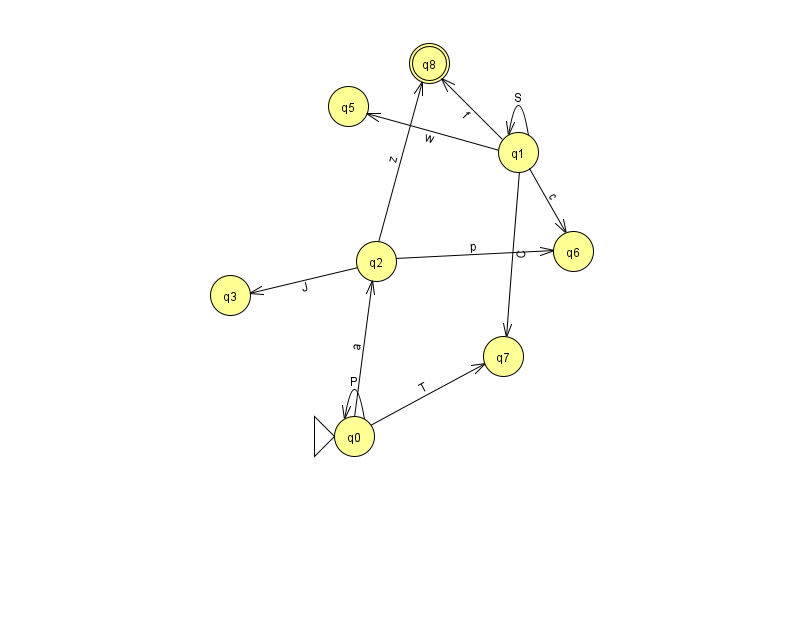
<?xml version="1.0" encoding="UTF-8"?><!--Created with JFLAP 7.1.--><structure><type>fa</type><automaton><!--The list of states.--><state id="0" name="q0"><x>354.0</x><y>423.0</y><initial/></state><state id="1" name="q1"><x>518.0</x><y>139.0</y></state><state id="2" name="q2"><x>376.0</x><y>248.0</y></state><state id="3" name="q3"><x>230.0</x><y>282.0</y></state><state id="5" name="q5"><x>348.0</x><y>93.0</y></state><state id="6" name="q6"><x>573.0</x><y>238.0</y></state><state id="7" name="q7"><x>503.0</x><y>343.0</y></state><state id="8" name="q8"><x>429.0</x><y>50.0</y><final/></state><!--The list of transitions.--><transition><from>0</from><to>0</to><read>P</read></transition><transition><from>1</from><to>5</to><read>w</read></transition><transition><from>1</from><to>1</to><read>S</read></transition><transition><from>1</from><to>6</to><read>c</read></transition><transition><from>2</from><to>3</to><read>J</read></transition><transition><from>0</from><to>2</to><read>a</read></transition><transition><from>1</from><to>8</to><read>f</read></transition><transition><from>2</from><to>8</to><read>z</read></transition><transition><from>1</from><to>7</to><read>C</read></transition><transition><from>2</from><to>6</to><read>p</read></transition><transition><from>0</from><to>7</to><read>T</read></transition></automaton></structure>